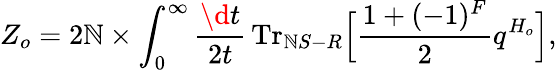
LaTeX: Z_{o}=2\mathbb{N}\times\int_{0}^{\infty}\frac{{\d{t}}}{{2t}}\, \mathrm{{Tr}}_{\mathbb{N}S-R}\Big[\frac{{1+(-1)^{F}}}{{2}}q^{H_{o}}\Big],